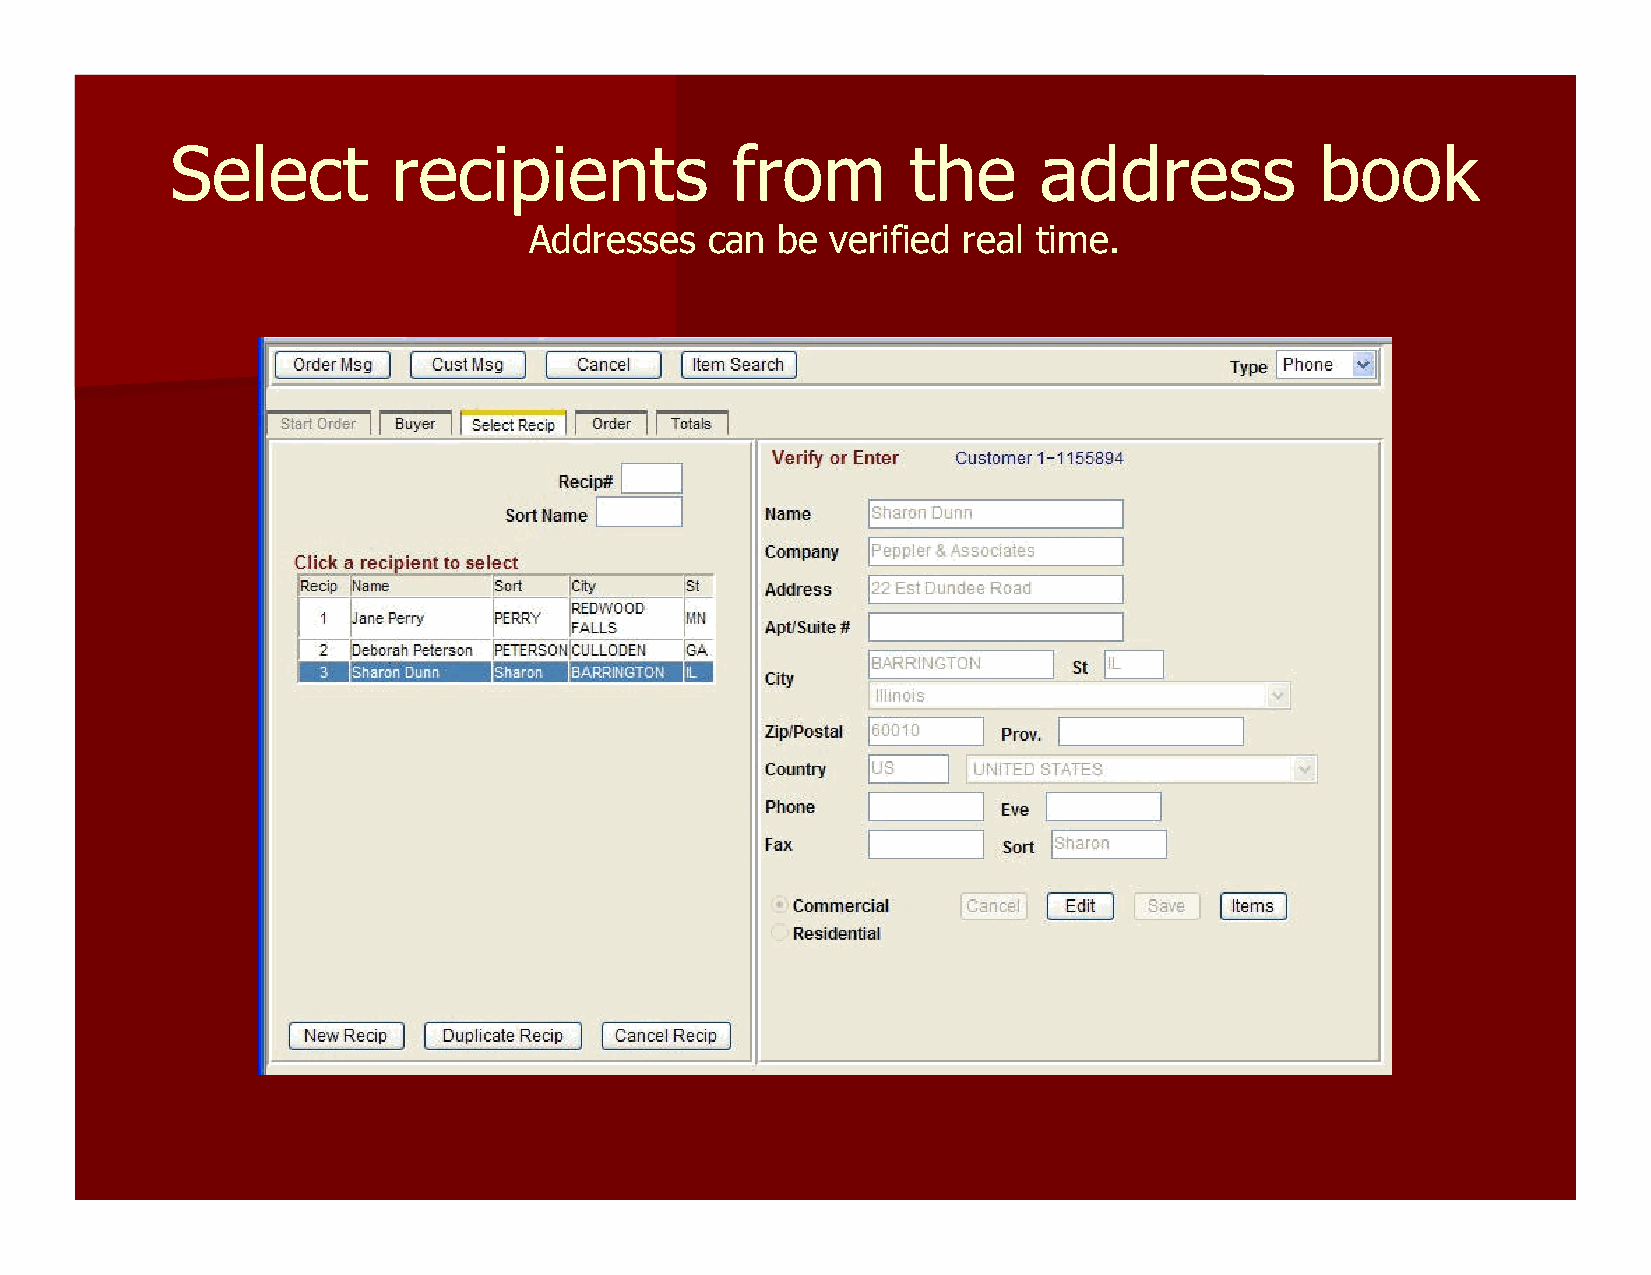
SSeelleecctt   rreecciippiieennttss  ffrroomm    tthhee   aaddddrreessss    bbooookk
 AAddddrreesssseess ccaann bbee vveerriiffiieedd rreeaall ttiimmee..